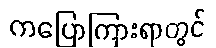
ကပြောကြားရာတွင်